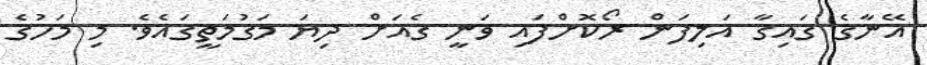
އޭނާގެ ގައިގާ އަލިފަން ރޯކޮށްފައި ވަނީ ގެއަށް ދިޔަ މަގުމަތީގައެވެ. މި މަހުގެ